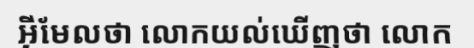
អ៊ីមែលថា លោកយល់ឃើញថា លោក